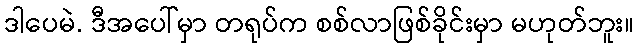
ဒါပေမဲ. ဒီအပေါ်မှာ တရုပ်က စစ်လာဖြစ်ခိုင်းမှာ မဟုတ်ဘူး။